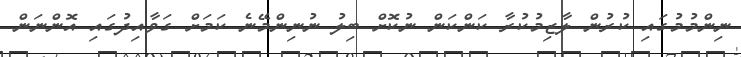
ނިންމުމުގައި ކުރުން ލާޒިމުކުރާ ކަންކަން ނުކޮށް ބިލު ނުނިންމޭނެ ކަމަށް ގަވާއިދުގައި އޮންނަން